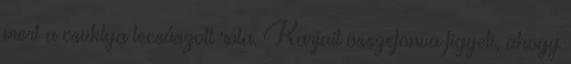
mert a csuklya lecsúszott róla. Karjait összefonva figyeli, ahogy